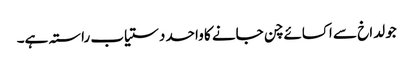
جو لداخ سے اکسائے چن جانے کا واحد دستیاب راستہ ہے۔